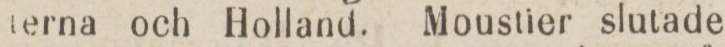
terna och Holland. Moustier slutade